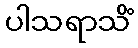
ပါသရာသိံ